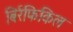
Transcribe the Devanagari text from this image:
बिर्रफिकिल